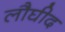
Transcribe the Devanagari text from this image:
लौघीद